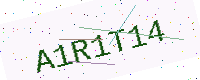
Text: A1R1T14